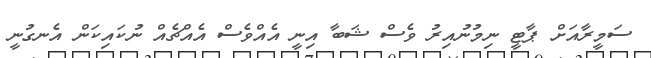
ސަމީރާއަށް ޕާޓީ ނިމުނުއިރު ވެސް ޝަބާ އިނީ އެއްވެސް އެއްޗެއް ނުކައިކަން އެނގުނީ